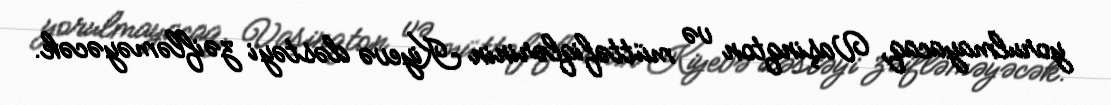
yorulmayacaq, Vaşinqton və müttəfiqlərinin Kiyevə dəstəyi zəifləməyəcək.